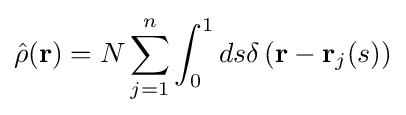
{\hat {\rho }}(\mathbf {r} )=N\sum _{j=1}^{n}\int _{0}^{1}ds\delta \left(\mathbf {r} -\mathbf {r} _{j}(s)\right)